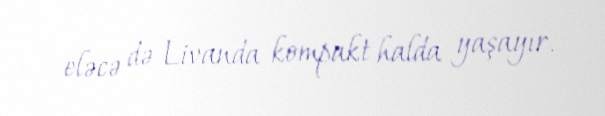
eləcə də Livanda kompakt halda yaşayır.